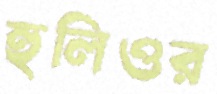
হুলিওর